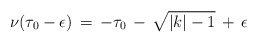
\begin{align*}\nu(\tau_0-\epsilon)\,=\,-\tau_0\,-\,\sqrt{\vert k\vert-1}\,+\,\epsilon\end{align*}